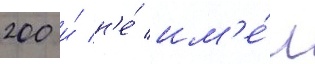
200 и́ н'е́ им'е́л